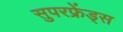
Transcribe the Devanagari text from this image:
सुपरफ्रेंड्स